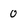
Character: 0